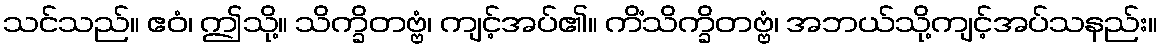
သင်သည်။ ဧဝံ၊ ဤသို့။ သိက္ခိတဗ္ဗံ၊ ကျင့်အပ်၏။ ကိံသိက္ခိတဗ္ဗံ၊ အဘယ်သို့ကျင့်အပ်သနည်း။